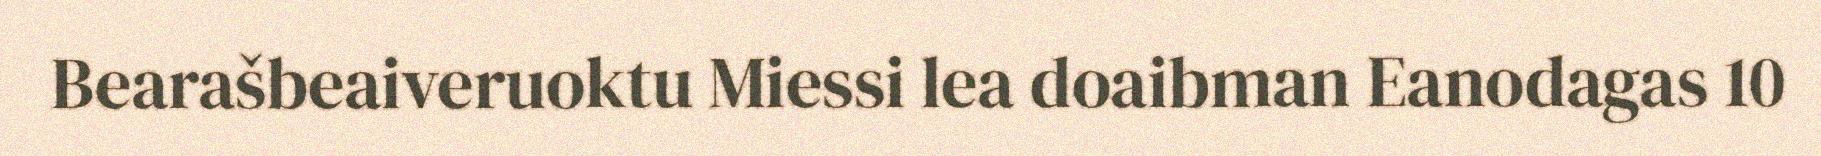
Bearašbeaiveruoktu Miessi lea doaibman Eanodagas 10